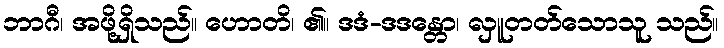
ဘာဂီ၊ အဖို့ရှိသည်။ ဟောတိ၊ ၏။ ဒဒံ-ဒဒန္တော၊ လှူတတ်သောသူ သည်။